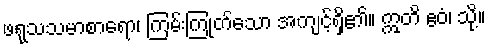
ဖရုသသမာစာရော၊ ကြမ်းကြုတ်သော အကျင့်ရှိ၏။ ဣတိ ဧဝံ၊ သို့။